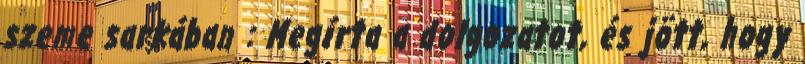
szeme sarkában : Megírta a dolgozatot, és jött, hogy